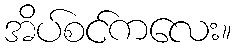
အိပ်စင်ကလေး။